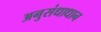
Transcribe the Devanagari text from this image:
अनुसंधाधान